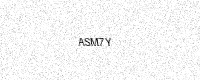
Text: ASM7Y